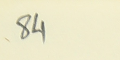
84